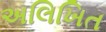
અલિખિત